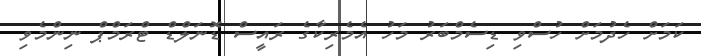
ކަމަށް ހެދުމަށް ހުސްވި ޑިސެމްބަރު މަހު އެމެރިކާގެ ރައީސް ޑޮނަލްޑް ޓްރަމްޕް ނިންމެވި